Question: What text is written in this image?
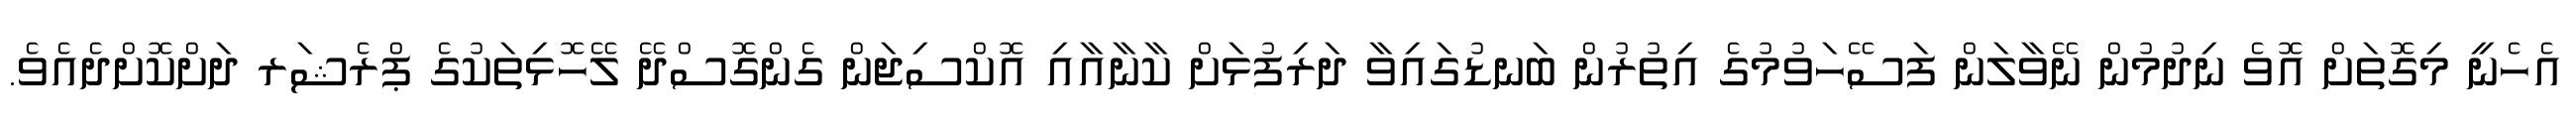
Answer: އެހެނީ މިގޮތަށް އޮވެ ނިދުމުން ނޭވާލަން ފަސޭހަވުމުގެ އިތުރުން ބަނޑުގައިވާ ދަރިފުޅަށް ކާނާއާއި އޮކްސިޖަން ގެންގޮސްދޭ ލޭހޮޅިތަކުގެ ޕްރެޝަރ ދަށްކޮށްދެއެވެ.